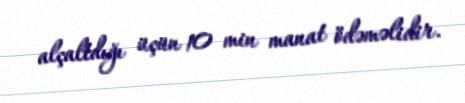
alçaltdığı üçün 10 min manat ödəməlidir.